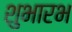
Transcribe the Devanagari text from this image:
शुभारभ